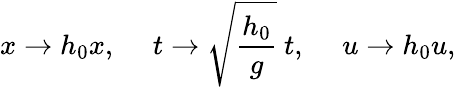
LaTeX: x\rightarrow h_{0}x,~~~~~t\rightarrow\sqrt{\frac{h_{0}}{g}}~t,~~~~~u\rightarrow h_{0}u,